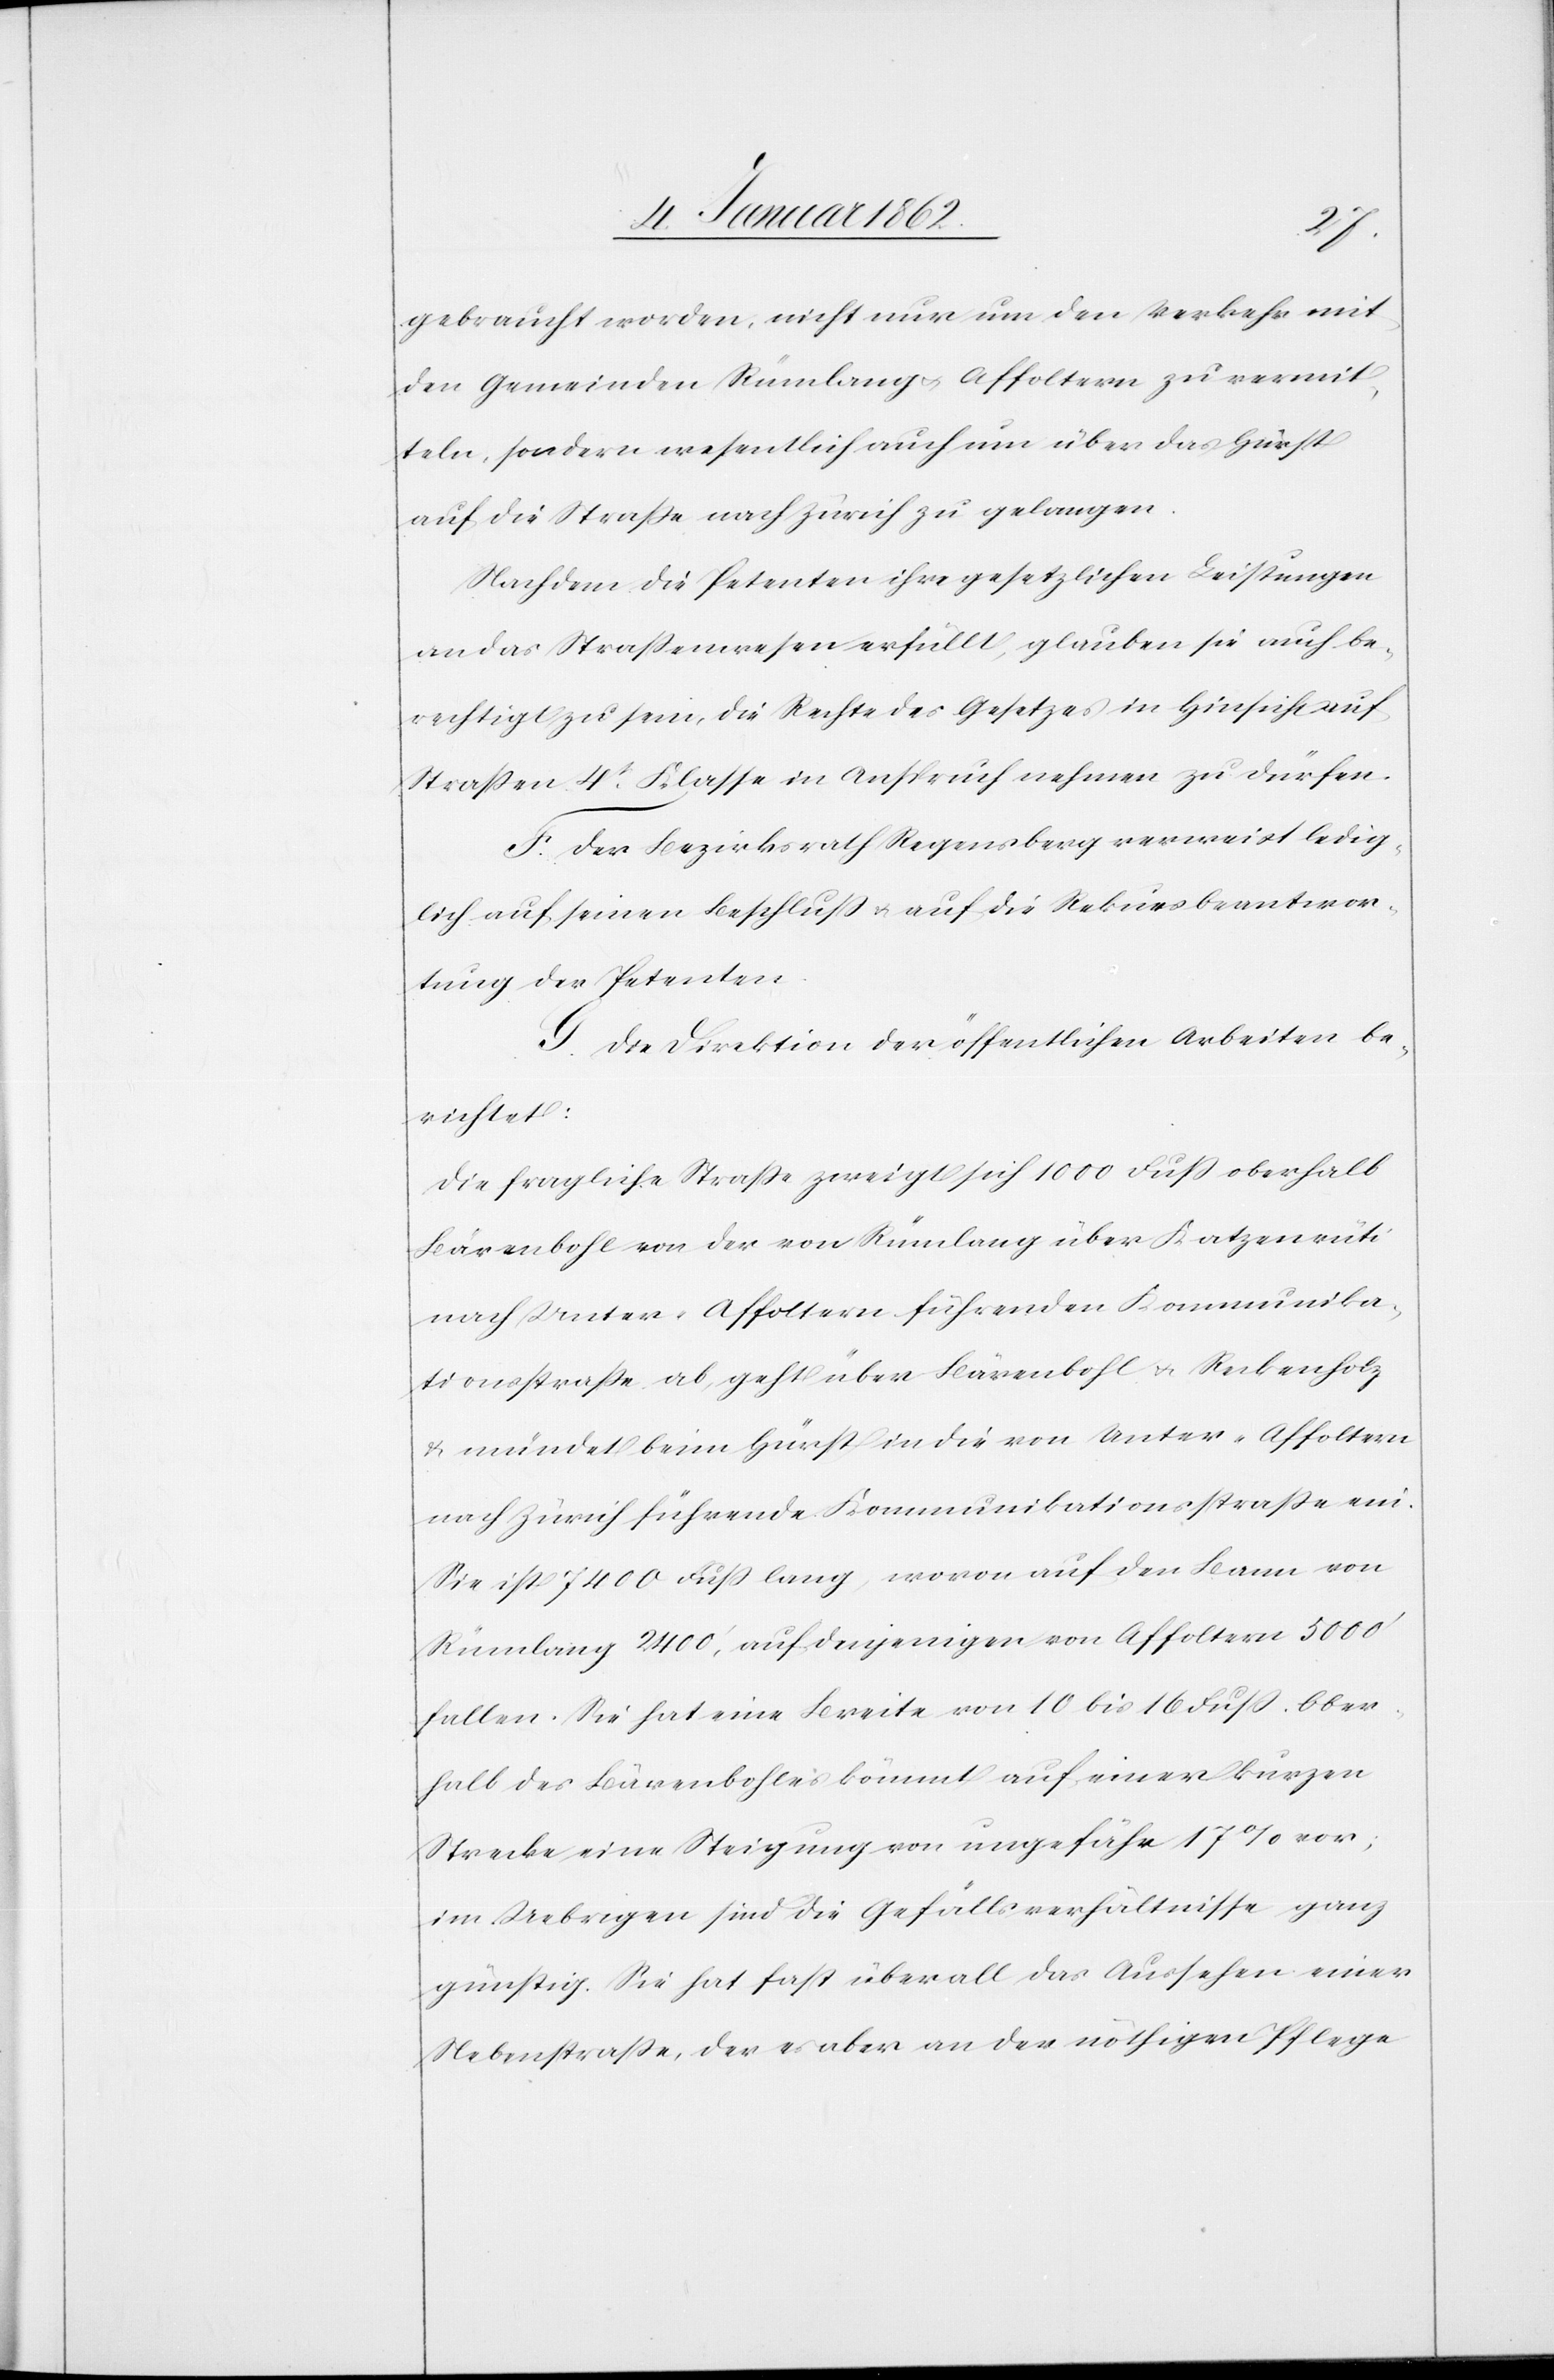
gebraucht worden, nicht nur um den Verkehr mit
den Gemeinden Rümlang u. Affoltern zu vermit¬
teln, sondern wesentlich auch um über das Hürst
auf die Straße nach Zürich zu gelangen.
Nachdem die Petenten ihre gesetzlichen Leistungen
an das Straßenwesen erfüllt, glauben sie auch be¬
rechtigt zu sein, die Rechte des Gesetzes in Hinsicht auf
Straßen 4t. Klasse in Anspruch nehmen zu dürfen.
F. Der Bezirksrath Regensberg verweist ledig¬
lich auf seinen Beschluß u. auf die Rekursbeantwor¬
tung der Petenten.
G. Die Direktion der öffentlichen Arbeiten be¬
richtet:
Die fragliche Straße zweigt sich 1000 Fuß oberhalb
Bärenbohl von der von Rümlang über Katzenrüti
nach Unter-Affoltern führenden Kommunika¬
tionsstraße ab, geht über Bärenbohl u. Reckenholz
u. mündet beim Hürst in die von Unter-Affoltern
nach Zürich führende Kommunikationsstraße ein.
Sie ist 7400 Fuß lang, wovon auf den Bann von
Rümlang 2400‘, auf denjenigen von Affoltern 5000‘
fallen. Sie hat eine Breite von 10 bis 16 Fuß. Ober¬
halb des Bärenbohles kömmt auf einer kurzen
Strecke eine Steigung von ungefähr 17% vor;
im Uebrigen sind die Gefällsverhältnisse ganz
günstig. Sie hat fast überall das Aussehen einer
Nebenstraße, der es aber an der nöthigen Pflege